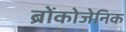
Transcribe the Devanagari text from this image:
ब्रोंकोजेनिक